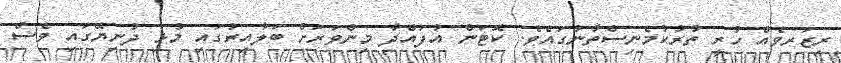
ރިޒަރވެއް ހުރީ ތުރުކުމެނިސްތާނުގައެވެ. ކޮޓަން އުފައްދާ މިންވަރަށް ބަލާއިރުގައި މުޅި ދުނިޔޭގައި ވެސް